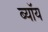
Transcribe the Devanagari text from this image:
ब्यॉय